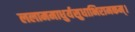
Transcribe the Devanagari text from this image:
ललाममाधुर्यसुधाभिरामकम्।